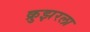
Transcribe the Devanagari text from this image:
क्रुझरला